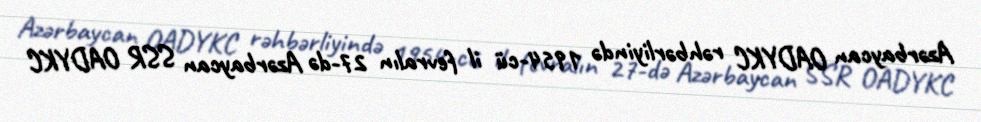
Azərbaycan OADYKC rəhbərliyində 1954-cü il fevralın 27-də Azərbaycan SSR OADYKC